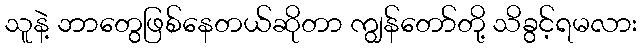
သူနဲ့ ဘာတွေဖြစ်နေတယ်ဆိုတာ ကျွန်တော်တို့ သိခွင့်ရမလား